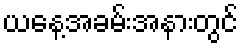
ယနေ့အခမ်းအနားတွင်